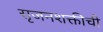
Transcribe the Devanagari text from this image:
सृजनशक्तीची